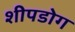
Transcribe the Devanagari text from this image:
शीपडोग